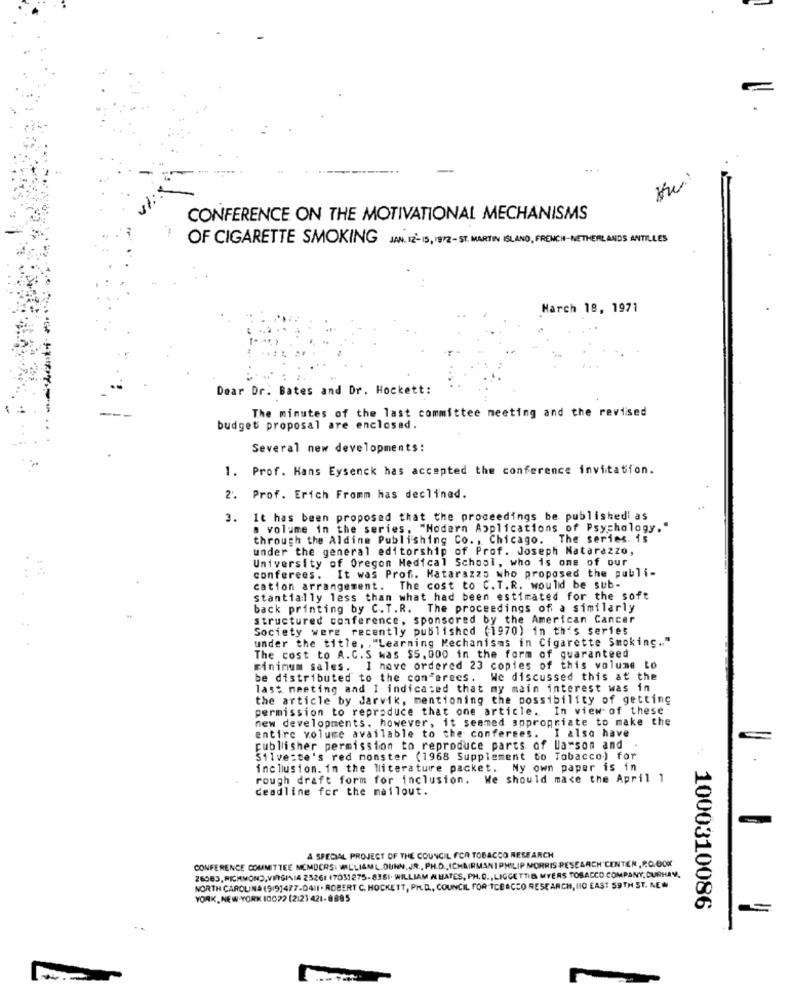
-
.. .
CONFERENCE ON THE MOTIVATIONAL MECHANISMS
OF CIGARETTE SMOKING JAN. 12- 15, 1972-ST. MARTIN ISLAND, FRENCH-NETHERLANDS ANTILLES
March 18, 1971
Dear Dr. Bates and Dr. Hockett:
The minutes of the last committee meeting and the revised
budget proposal are enclosed.
Several new developments:
1. Prof. Hans Eysenck has accepted the conference invitation.
2. Prof. Erich Fromm Has declined.
3. It has been proposed that the proceedings be publishedi as
a volume in the series, "Modern Applications of Psychology."
through the Aldine Publishing Co. , Chicago. The series. is
under the general editorship of Prof. Joseph Matarazzo,
University of Oregon Medical School, who is one of our
conferees. It was Prof. Matarazzo who proposed the publi-
cation arrangement. The cost to C. T.R. would be sub-
stantially less than what had been estimated for the soft
back printing by C.T.R. The proceedings of a similarly
structured conference, sponsored by the American Cancer
Society were recently published (1970) in this series
under the title, , "Learning Mechanisms in Cigarette Smoking .. "
The cost to A.C.S was $5. 000 in the form of guaranteed
minimum sales. I have ordered 23 copies of this volume to
be distributed to the conferees. We discussed this at the
last meeting and I indicated that my main interest was in
the article by Jarvik, mentioning the possibility of getting
permission to reproduce that one article. In view of these
new developments, however, it seemed appropriate to make the
entire volume available to the conferees.
I also have
publisher permission to reproduce parts of larson and
Silve:te's red monster (1968 Supplement to Tobacco) for
inclusion. in the literature packet. My own paper is in
rough draft form for inclusion. We should make the April 1
deadline for the mailout.
A SPECIAL PROJECT OF THE COUNCIL FOR TOBACCO RESEARCH
CONFERENCE COMMITTEE MEMBERS: WILLIAML.DUNN, JR ., PH.D ., ICHAIRMANIPHILIP MORRIS RESEARCH CENTER, RO.OOK
26583, RICHMOND,VIRGINIA 25261 (7051275-8361. WILLIAM # HATES, PH. D ., LIGGETTIS MYERS TOBACCO COMPANY,CURHAY,
NORTH CAROLINA (9191477.0411 . ROBERT C. HOCKETT, PH.D ., COUNCIL FOR TCBACCO RESEARCH, NIO EAST 59TH ST. NEW
YORK, NEW YORK 10022 (2:21 421-8885
1000310086